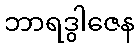
ဘာရဒွါဇေန